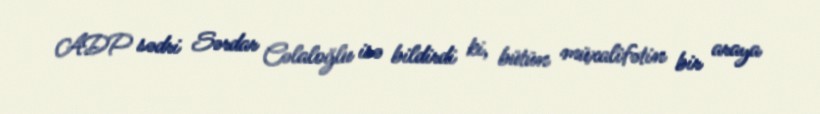
ADP sədri Sərdar Cəlaloğlu isə bildirdi ki, bütün müxalifətin bir araya